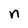
Character: n